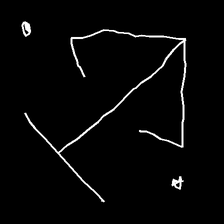
Glyph: earth